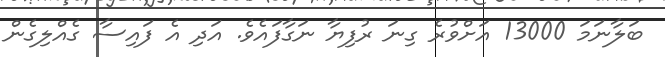
ބަލާނަމަ 13000 އަށްވުރެ ގިނަ ރުފިޔާ ނަގާފައެވެ. އަދި އެ ފައިސާ ގެއްލިގެން